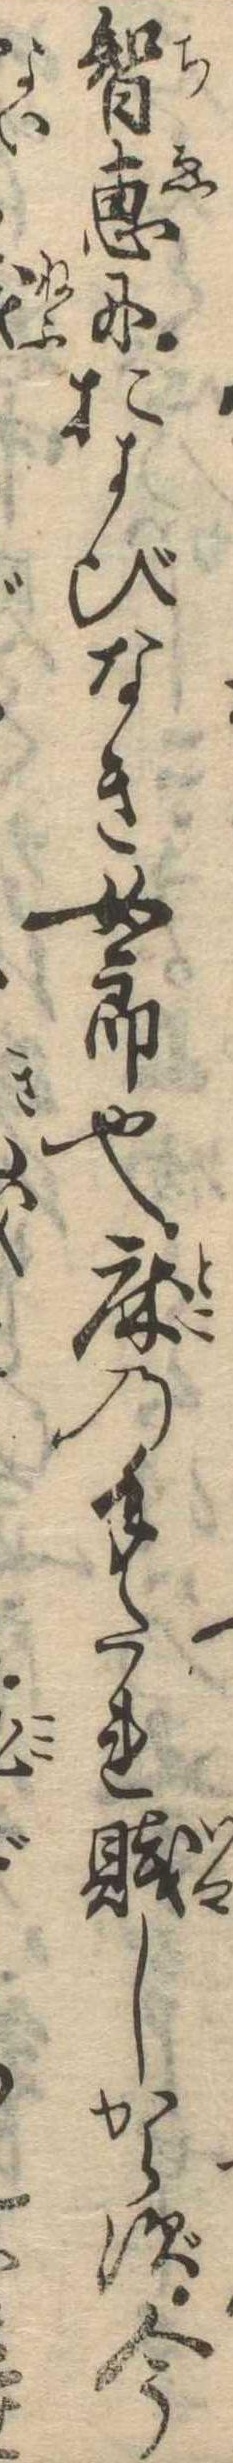
智恵におよびなき女郎也床の手たれ賎しからず今